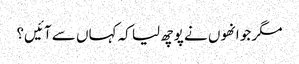
مگر جو انھوں نے پوچھ لیا کہ کہاں سے آئیں؟